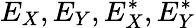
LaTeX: E_{X},E_{Y},E_{X}^{*},E_{Y}^{*}